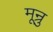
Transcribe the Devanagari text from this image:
मून्रु